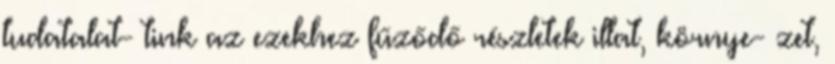
tudatalat- tink az ezekhez fűződő részletek illat, környe- zet,